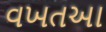
વખતઆ